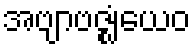
အဗျာဗဇ္ဈံယေဝ